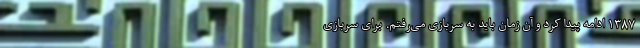
۱۳۸۷ ادامه پیدا کرد و آن زمان باید به سربازی می‌رفتم. برای سربازی